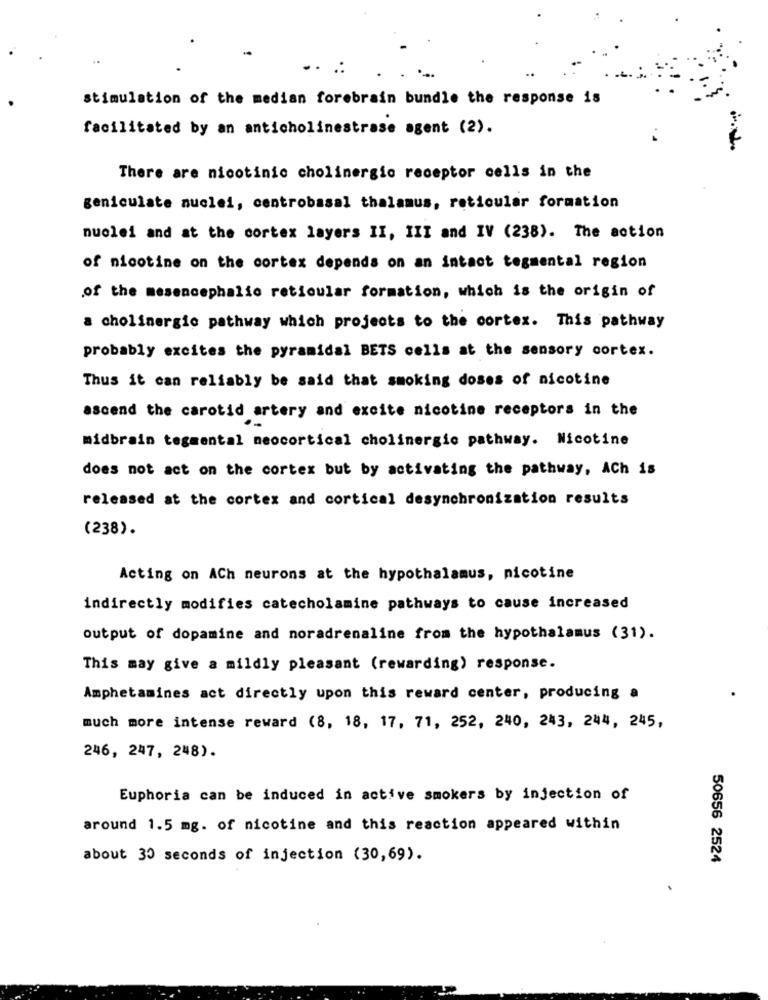
..:
stimulation of the median forebrain bundle the response is
facilitated by an anticholinestrase agent (2).
There are nicotinic cholinergic receptor cells in the
geniculate nuclei, centrobasal thalamus, reticular formation
nuclei and at the cortex layers II, III and IV (238). The action
of nicotine on the cortex depends on an intact tegmental region
of the mesencephalic reticular formation, which is the origin of
a cholinergic pathway which projects to the cortex. This pathway
probably excites the pyramidal BETS cells at the sensory cortex.
Thus it can reliably be said that smoking doses of nicotine
ascend the carotid artery and excite nicotine receptors in the
midbrain tegmental neocortical cholinergic pathway. Nicotine
does not act on the cortex but by activating the pathway, ACh is
released at the cortex and cortical desynchronization results
(238).
Acting on ACh neurons at the hypothalamus, nicotine
indirectly modifies catecholamine pathways to cause increased
output of dopamine and noradrenaline from the hypothalamus (31).
This may give a mildly pleasant (rewarding) response.
Amphetamines act directly upon this reward center, producing a
much more intense reward (8, 18, 17, 71, 252, 240, 243, 244, 245,
246, 247, 248).
Euphoria can be induced in active smokers by injection of
around 1.5 mg. of nicotine and this reaction appeared within
about 30 seconds of injection (30,69).
50656 2524